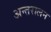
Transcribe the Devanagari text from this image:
अन्तरालन